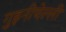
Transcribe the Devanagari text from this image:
गुइनीचेल्ली